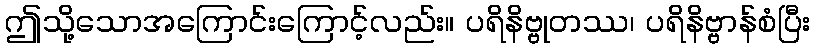
ဤသို့သောအကြောင်းကြောင့်လည်း။ ပရိနိဗ္ဗုတဿ၊ ပရိနိဗ္ဗာန်စံပြီး